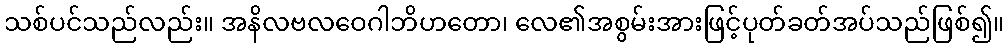
သစ်ပင်သည်လည်း။ အနိလဗလဝေဂါဘိဟတော၊ လေ၏အစွမ်းအားဖြင့်ပုတ်ခတ်အပ်သည်ဖြစ်၍။